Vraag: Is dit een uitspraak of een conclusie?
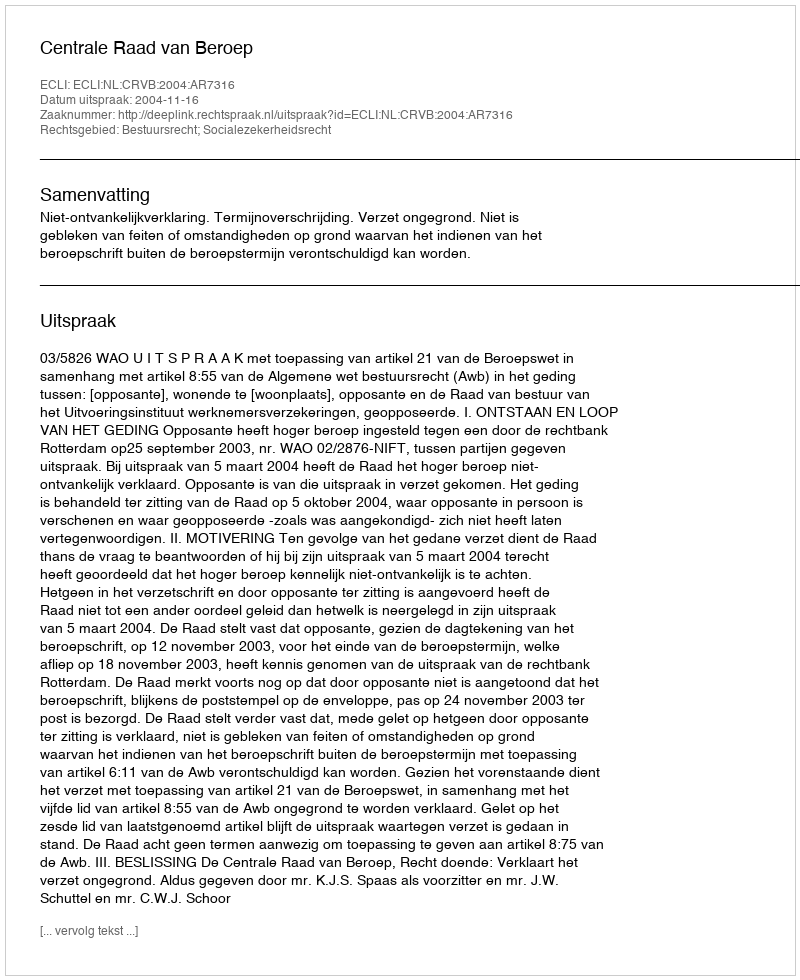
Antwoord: Uitspraak